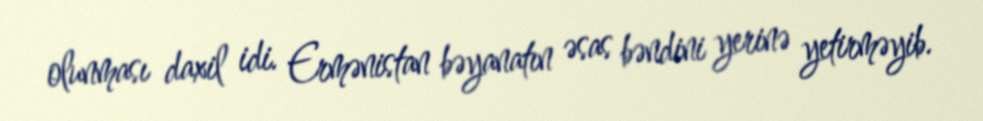
olunması daxil idi. Ermənistan bəyanatın əsas bəndini yerinə yetirməyib.